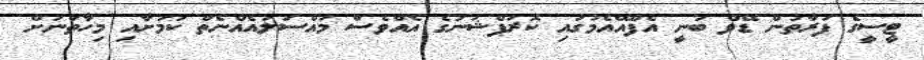
ޓީސީގެ ފަރާތުން ޑޭވް ބުނީ އެފްއޭއެމުގައި ކޮރަޕްޝަނުގެ އެއްވެސް މައްސަލައެއްނެތް ކަމަށާއި މިހާތަނަށް